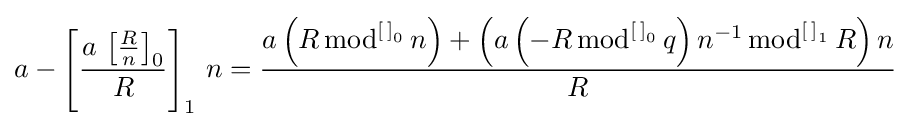
a-\left[{\frac {a\,\left[{\frac {R}{n}}\right]_{0}}{R}}\right]_{1}\,n={\frac {a\left(R\,{\text{mod}}^{\left[\,\right]_{0}}\,n\right)+\left(a\left(-R\,{\text{mod}}^{\left[\,\right]_{0}}\,q\right)n^{-1}\,{\text{mod}}^{\left[\,\right]_{1}}\,R\right)n}{R}}